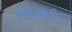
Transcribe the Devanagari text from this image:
हालिहोटिस।